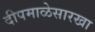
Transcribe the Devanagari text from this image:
दीपमाळेसारखा